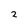
Character: 2